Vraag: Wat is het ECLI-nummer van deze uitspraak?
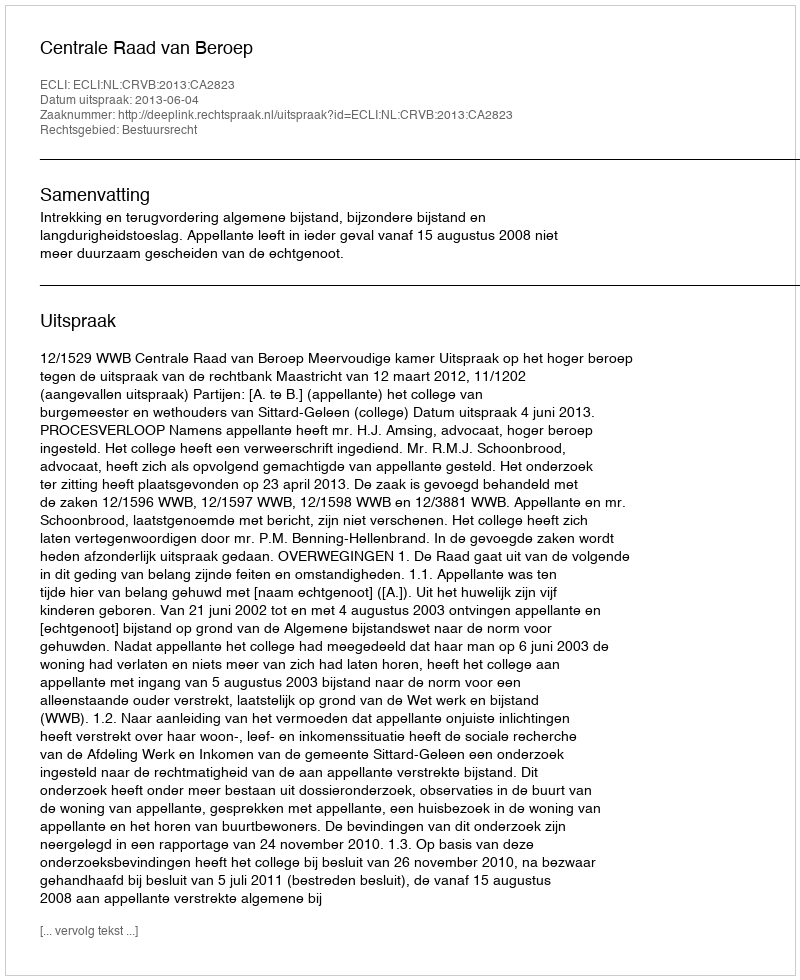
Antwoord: ECLI:NL:CRVB:2013:CA2823